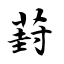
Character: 葑